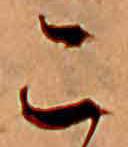
こ